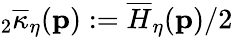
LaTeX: {}_{2}\overline{{\kappa}}_{\eta}(\mathbf{p}):=\overline{{H}}_{\eta}(\mathbf{p})/2